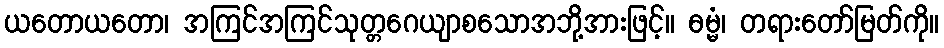
ယတောယတော၊ အကြင်အကြင်သုတ္တဂေယျာစသောအဘို့အားဖြင့်။ ဓမ္မံ၊ တရားတော်မြတ်ကို။